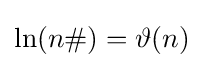
\ln(n\#)=\vartheta (n)